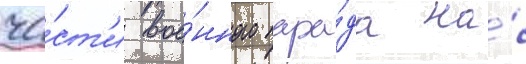
ча́ст'и вое́нного пара́да на́